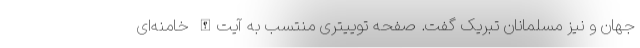
جهان و نیز مسلمانان تبریک گفت. صفحه توییتری منتسب به آیت‌الله خامنه‌ای